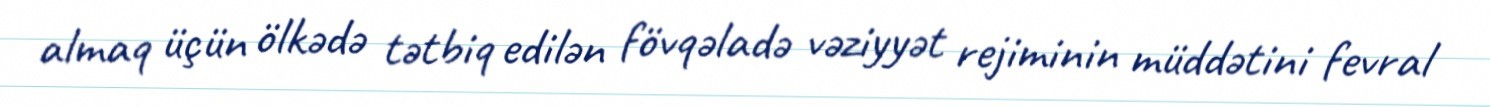
almaq üçün ölkədə tətbiq edilən fövqəladə vəziyyət rejiminin müddətini fevral